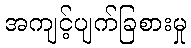
အကျင့်ပျက်ခြစားမှု